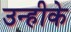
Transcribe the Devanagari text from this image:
उन्हीके